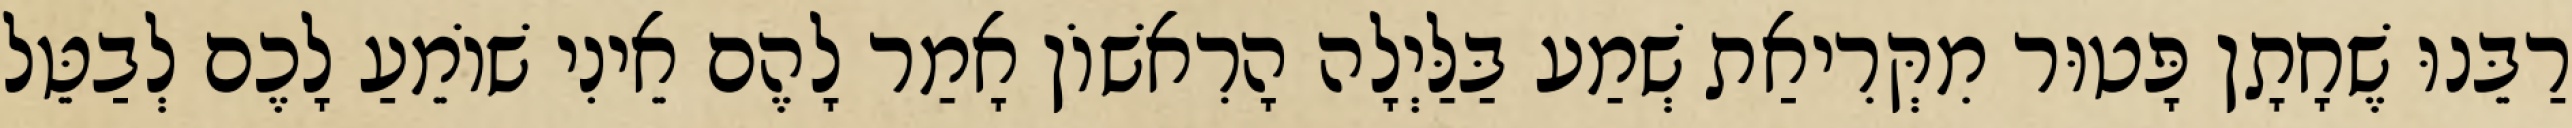
רַבֵּנוּ שֶׁחָתָן פָּטוּר מִקְּרִיאַת שְׁמַע בַּלַּיְלָה הָרִאשׁוֹן אָמַר לָהֶם אֵינִי שׁוֹמֵעַ לָכֶם לְבַטֵּל